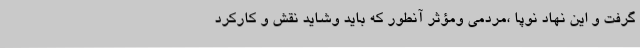
گرفت و این نهاد نوپا ،مردمی ومؤثر آنطور که باید وشاید نقش و کارکرد